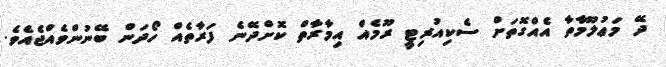
ދޭ މަޢުލޫމާތާ އެއްގޮތަށް ސެކިއުރިޓީ ރޫމެއް އިމާރާތް ކޮށްދޭނެ ފަރާތެއް ހޯދަން ބޭނުންވެއްޖެއެވެ.